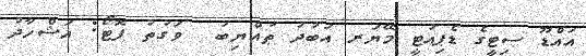
އައްޑޫ ސިޓީގެ ޑެޕިއުޓީ މޭޔަރ އަބުދު ޠައްޔިބު  ވަގުތު ފޮޓޯ: އަޝްހާދު